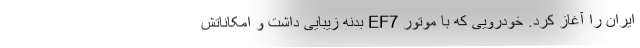
ایران را آغاز کرد. خودرویی که با موتور EF7 بدنه زیبایی داشت و امکاناتش